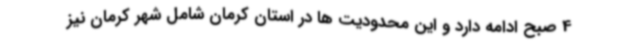
4 صبح ادامه دارد و این محدودیت ها در استان کرمان شامل شهر کرمان نیز